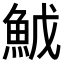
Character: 𬵇